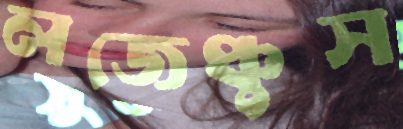
লজেঞ্চুস